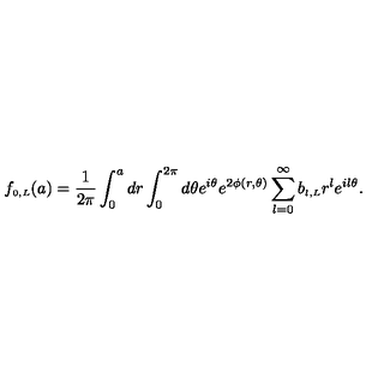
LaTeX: f _ { \scriptscriptstyle { 0 , L } } ( a ) = \frac { 1 } { 2 \pi } \int _ { 0 } ^ { a } d r \int _ { 0 } ^ { 2 \pi } d \theta e ^ { i \theta } e ^ { 2 \phi ( r , \theta ) } \sum _ { l = 0 } ^ { \infty } b _ { \scriptscriptstyle { l , L } } r ^ { l } e ^ { i l \theta } .